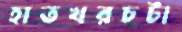
হাতখরচটা